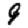
Digit: 9